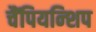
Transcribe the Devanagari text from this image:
चैंपियन्शिप